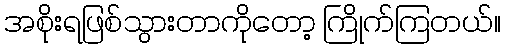
အစိုးရဖြစ်သွားတာကိုတော့ ကြိုက်ကြတယ်။